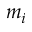
m _ { i }